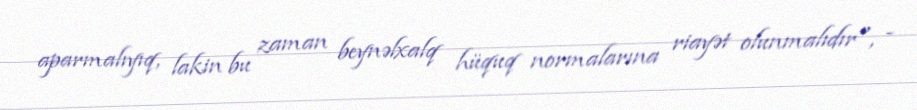
aparmalıyıq, lakin bu zaman beynəlxalq hüquq normalarına riayət olunmalıdır", -